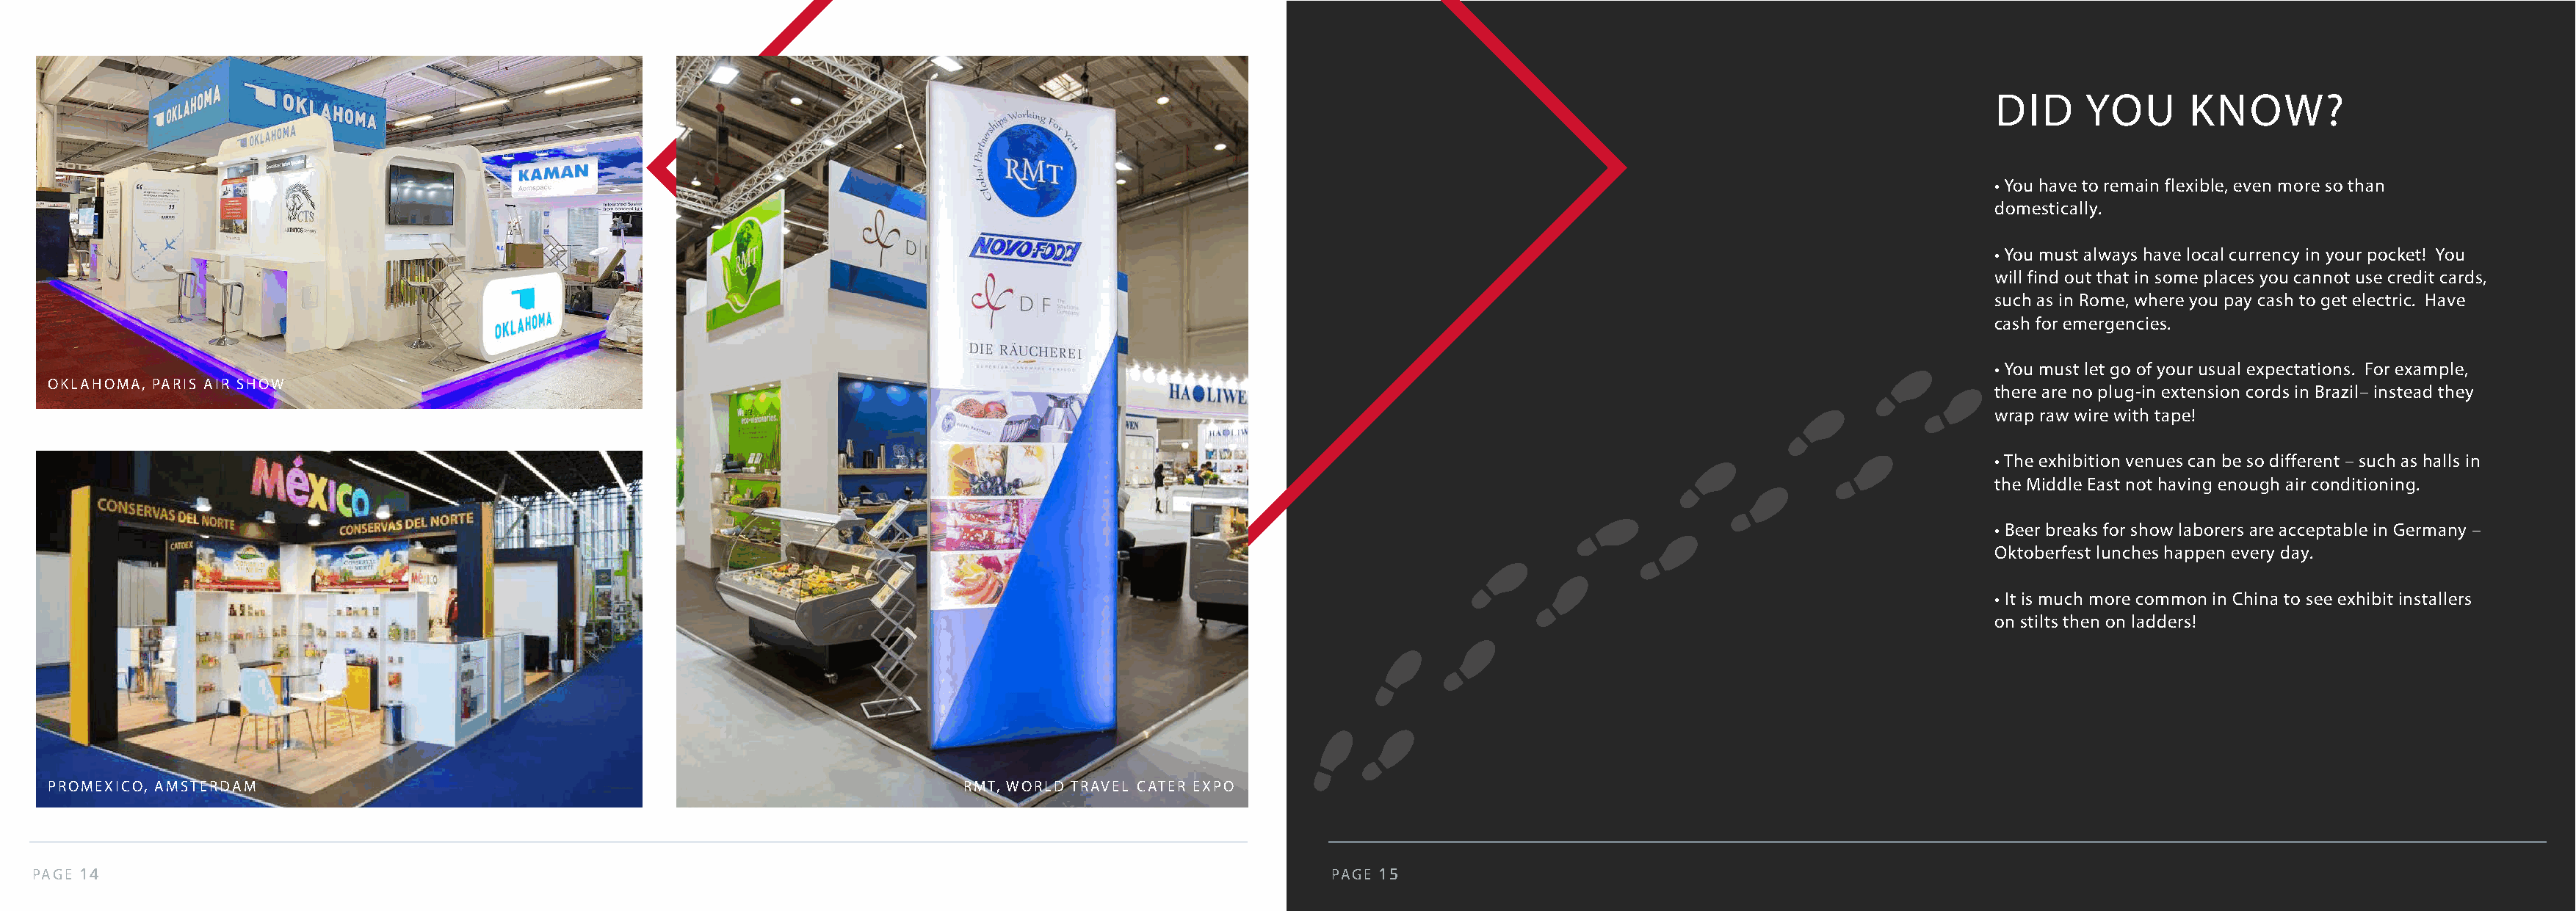
DID     YOU      KNOW?
 •You have to remain flexible, even more so than
 domestically.
 •You must always have local currency in your pocket! You
 will find out that in some places you cannot use credit cards,
 such as in Rome, where you pay cash to get electric. Have
 cash for emergencies.
 •You must let go of your usual expectations. For example,
 OKLAHOMA, PARIS AIR SHOW
 there are no plug-in extension cords in Brazil– instead they
 wrap raw wire with tape!
 •The exhibition venues can be so different – such as halls in
 the Middle East not having enough air conditioning.
 • Beer breaks for show laborers are acceptable in Germany –
 Oktoberfest lunches happen every day.
 • It is much more common in China to see exhibit installers
 on stilts then on ladders!
 PROMEXICO, AMSTERDAM                                                               RMT, WORLD TRAVEL CATER EXPO
 PAGE 14                                                                                                              PAGE 15